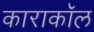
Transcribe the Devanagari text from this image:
काराकॉल